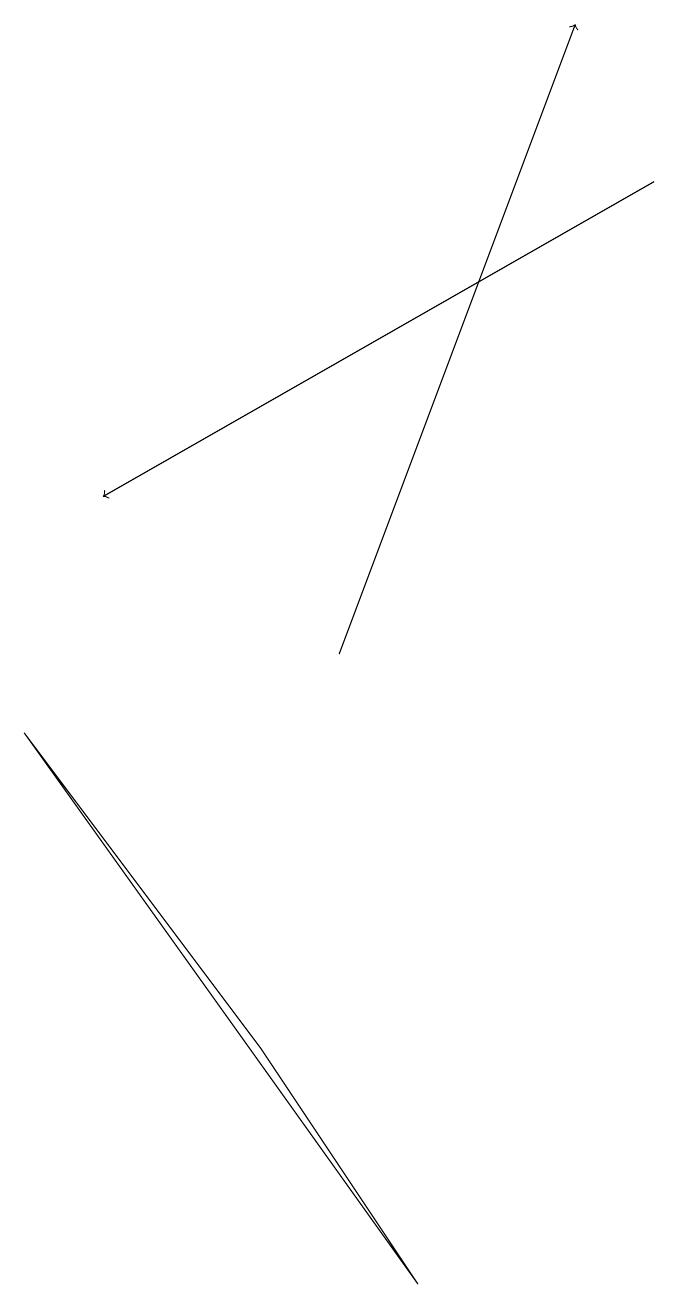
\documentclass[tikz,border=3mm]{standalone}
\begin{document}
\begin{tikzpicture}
\draw[->] (4,10) -- (7,18);
\draw[->] (8,16) -- (1,12);
\draw (3,5) -- (5,2) -- (0,9) -- cycle;
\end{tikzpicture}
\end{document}